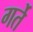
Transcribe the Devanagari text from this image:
गर्ते